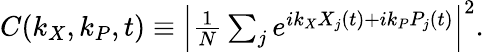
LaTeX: \begin{array}{r}{C(k_{X},k_{P},t)\equiv\Big|\frac{1}{N}\sum_{j}e^{ik_{X}X_{j}(t)+ik_{P}P_{j}(t)}\Big|^{2}.}\end{array}